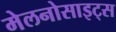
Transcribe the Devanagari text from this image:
मेलनोसाइट्स